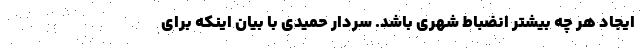
ایجاد هر چه بیشتر انضباط شهری باشد. سردار حمیدی با بیان اینکه برای